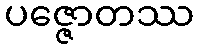
ပဇ္ဇောတဿ